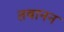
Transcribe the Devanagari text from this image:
तबानन